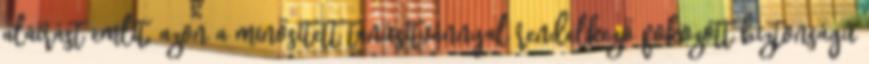
aláírást említ, azon a minősített tanúsítvánnyal rendelkező fokozott biztonságú